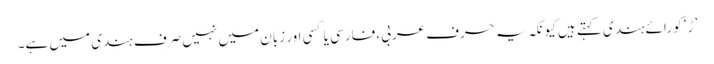
’ڑ‘ کو رائے ہندی کہتے ہیں کیونکہ یہ حرف عربی، فارسی یا کسی اور زبان میں نہیں صرف ہندی میں ہے۔